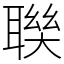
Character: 聫